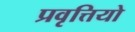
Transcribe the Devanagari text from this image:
प्रवृत्तियो